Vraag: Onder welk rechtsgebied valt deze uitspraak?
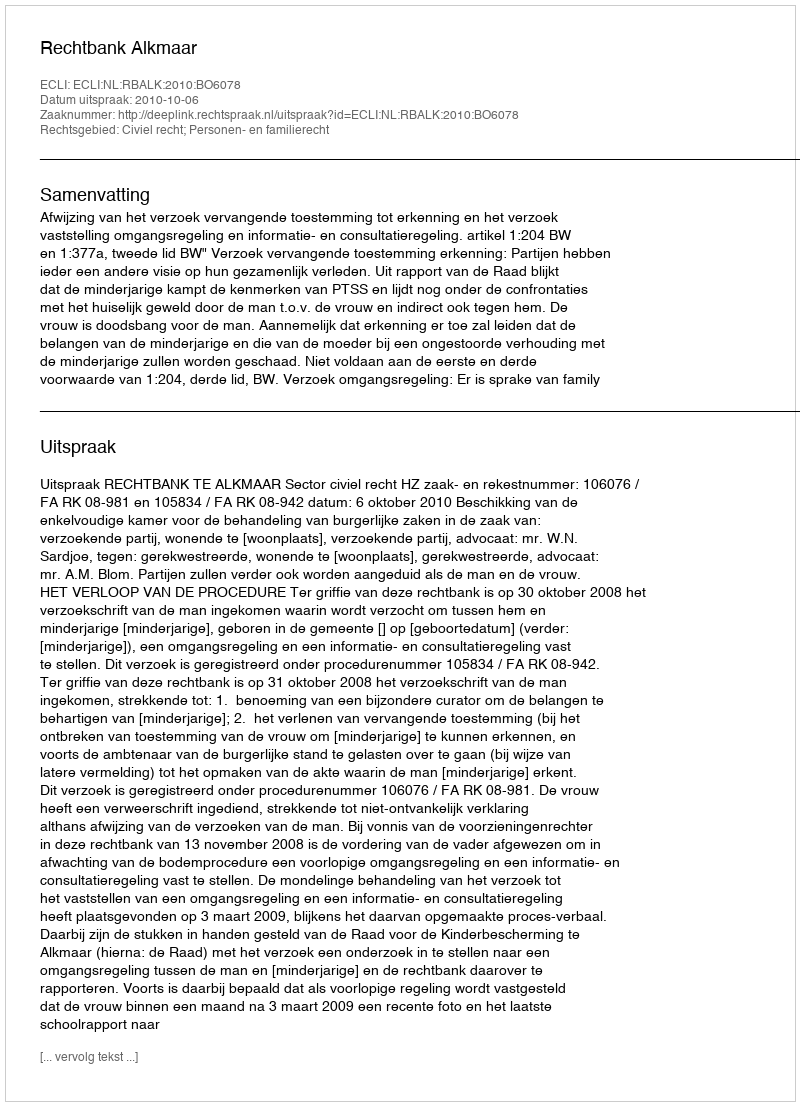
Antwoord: Civiel recht; Personen- en familierecht